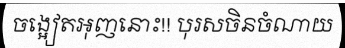
ចង្អៀតអុញនោះ!! បុរសចិនចំណាយ